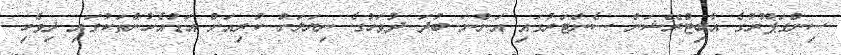
ސިންގަޕޫރުގެ އާބިޓްރޭޝަން ސެންޓަރުގައި އަންނަ ބުދަ ދުވަހުގެ ނިޔަލަށް ކުރިއަށް އަޑުއެހުންތަކުގައި ދިވެހި